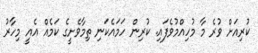
ކުރިއަށް ވުރެ މާ މުހިއްމުވެފައި. ކުރިން ހަމައެކަނި ތިމާވެށީގެ ކަމެއް އެއީ މިހާރު